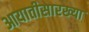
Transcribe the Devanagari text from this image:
आयातीसारख्या